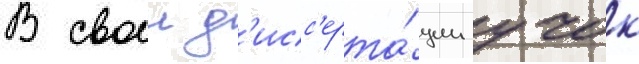
В своеи д'исс'ерта́ции учок